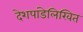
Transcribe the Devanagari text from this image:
देशपांडेलिखित